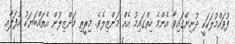
ފުވައްމުލަކަކީ ދުނިޔޭގައިވާ އެންމެ ހިތްގައިމު އެއް މަންޒިލެވެ. މިރީތި މަންޒިލުން އެތައްބަޔަކު އުފަލާއި